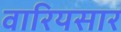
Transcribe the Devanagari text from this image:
वारियसार